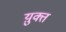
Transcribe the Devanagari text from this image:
य़ुक्त